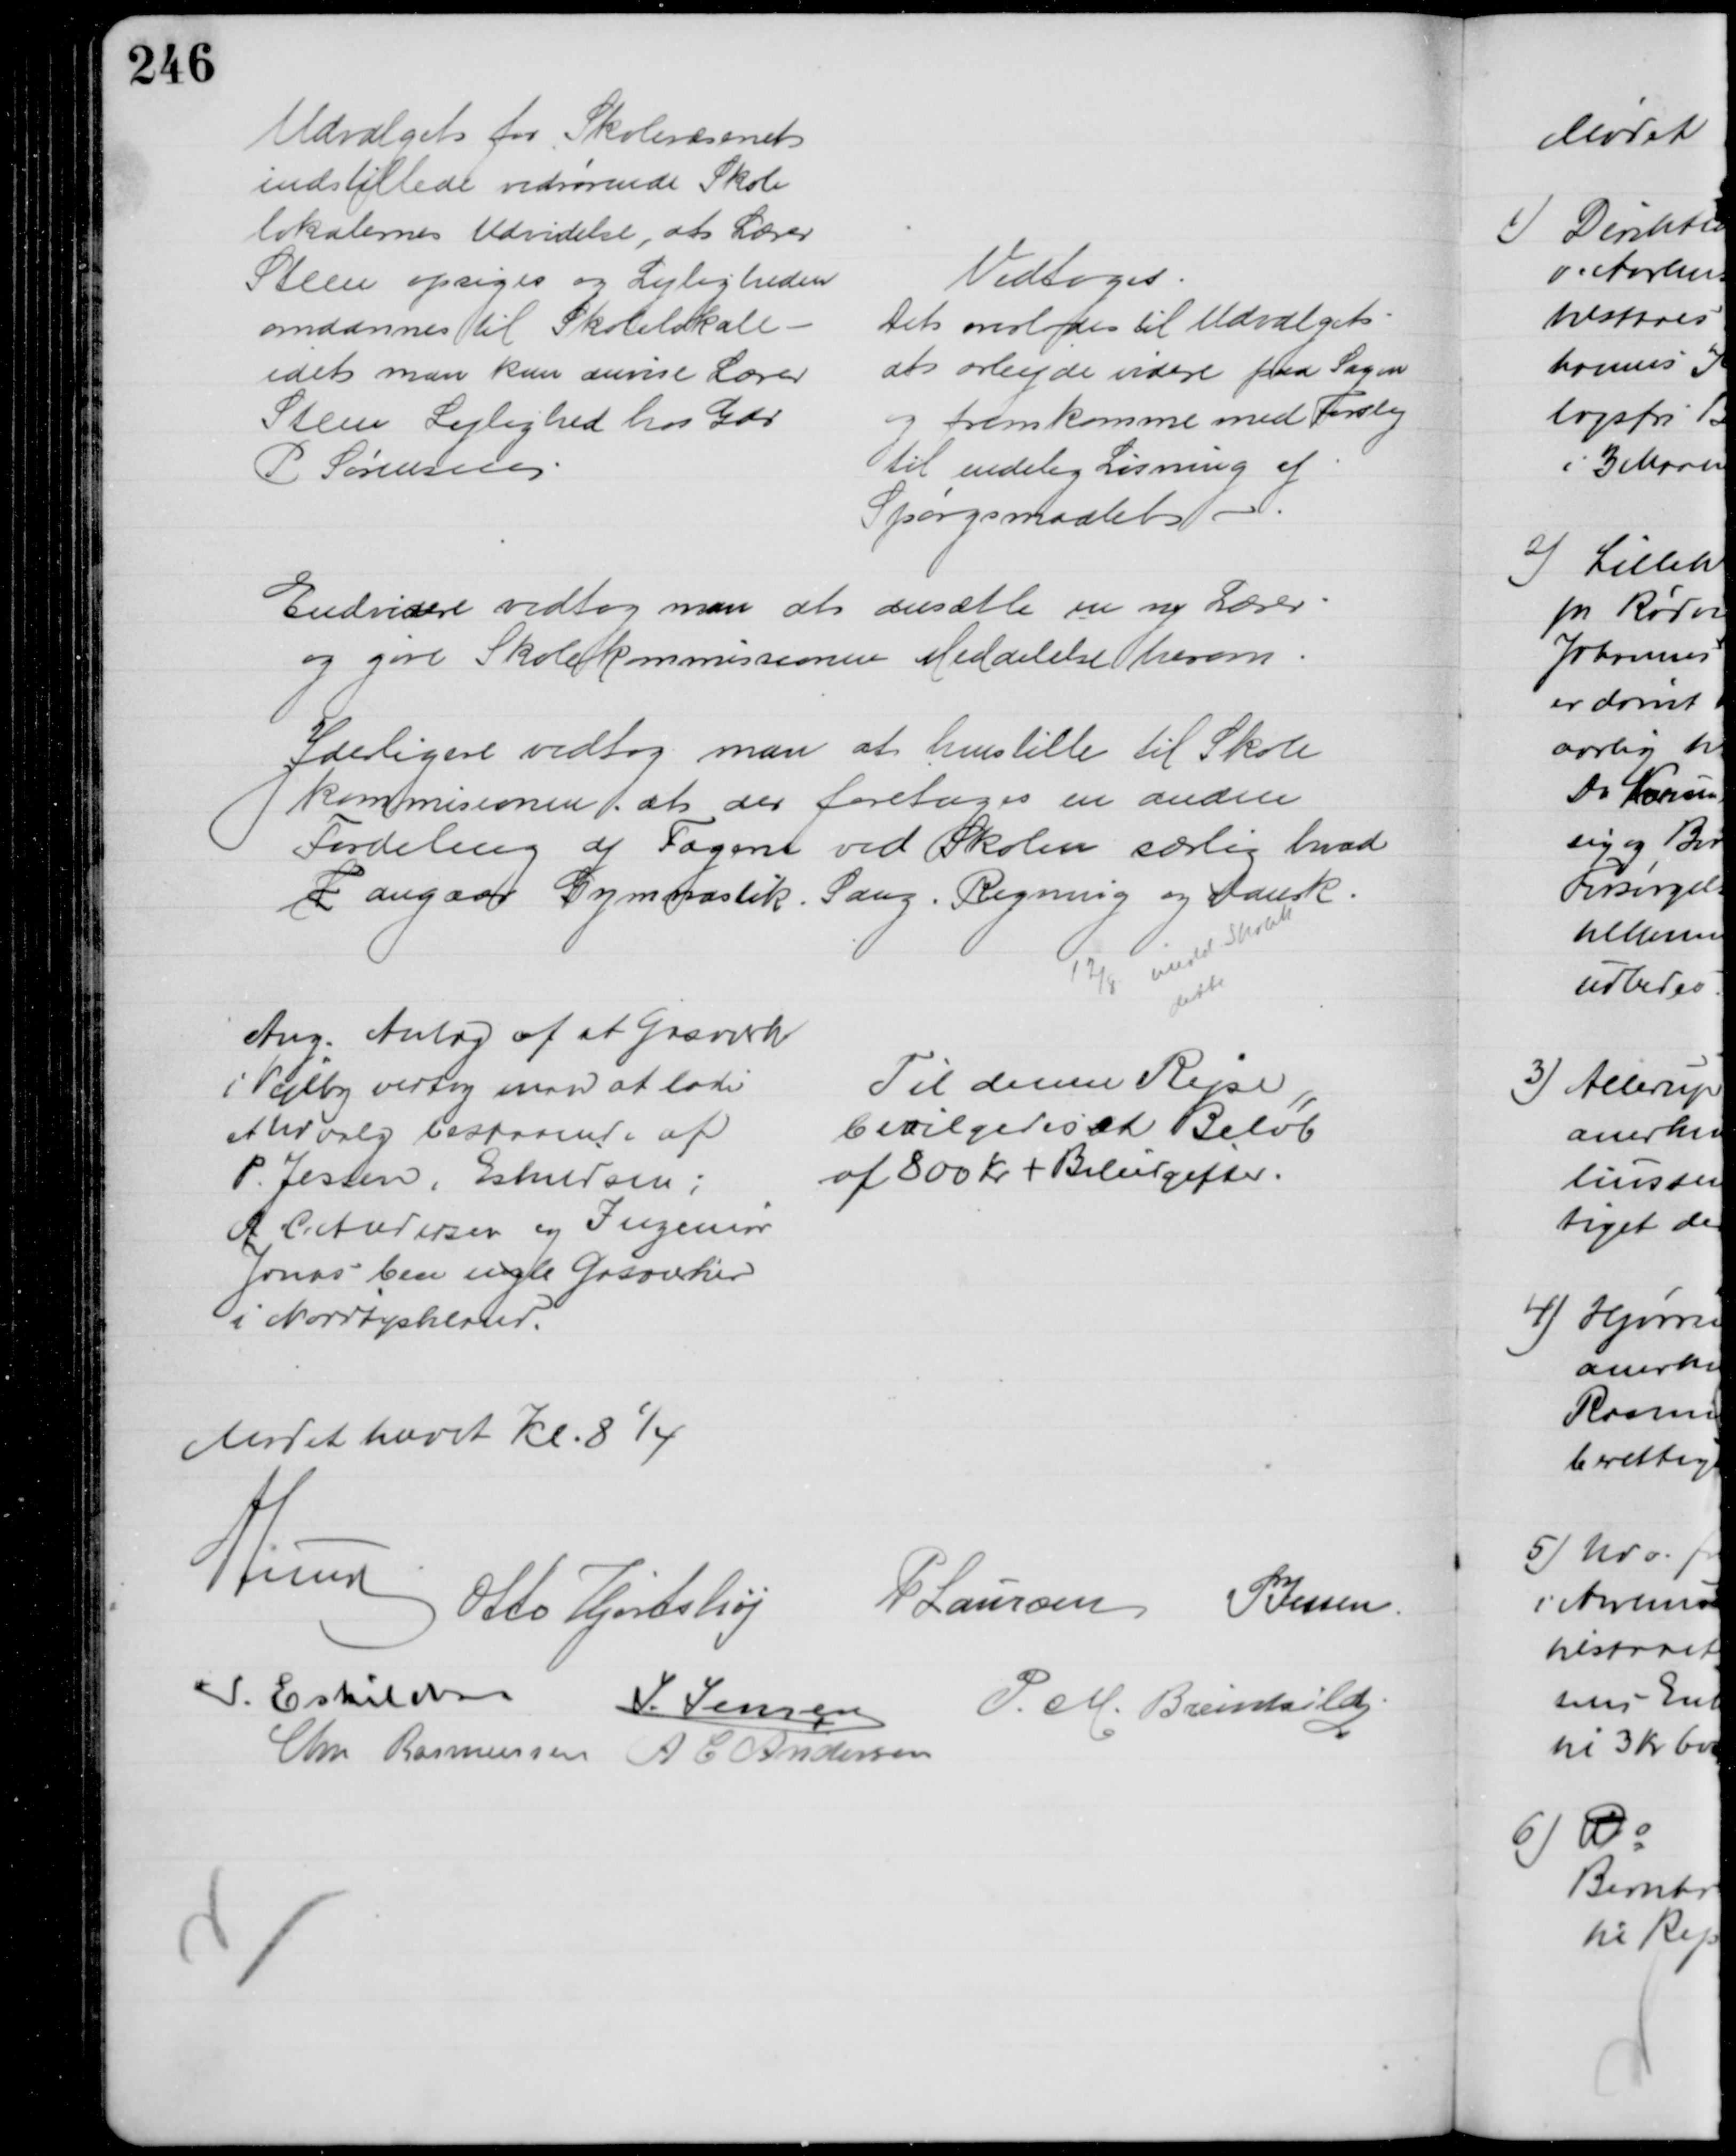
Transskription:
Udvalget for Skolevæsenet
indstillede vedrørende Skole
lokalernes Udvidelse, at Lærer 
Steen opsiges og Lejligheden
omdannes til Skolelokale
idet man kan anvise Lærer
Steen Lejlighed hos Gdr
P Sørensen
Vedtoges
Det overlodes til Udvalget
at arbejde videre paa Sagen
og fremkomme med Forslag
til endelig Løsning af
Spørgsmaalet
Endvidere vedtog man at ansætte en ny Lærer
og give Skolekommissionen Meddelelse herom.
Yderligere vedtog man at henstille til Skole
kommisionen at der foretages en anden
Fordeling af Fagene ved Skolen særlig hvad 
F angaar Gymnastik. Sang. Regning og Dansk.
12/8 medd Skolek
dette
Ang. Anlæg af at Gasværk
i Vejlby vedtog man at lade
et Udvalg bestaaende af
P. Jessen, Eskildsen;
A. C. Andersen og Ingeniør
Jarner bese nogle Gasværker
i Nordtyskland.
Til denne Rejse
bevilgedes et Beløb
af 800 Kr + Biludgifter.
Mødet hævet Kl. 8¼
A Lund
Otto Hjortshøj P Laursen P Jessen
I. Eskildsen J. Jensen
P. M. Breinhild
Chr Rasmussen A C Andersen